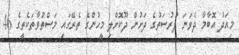
މިއަދު އޮބާމާ ދެވަނަ ފުރުސަތުގެ ދަށުން ދޫކޮށްލި މީހުންގެ ތެރޭގައި މަސްތުވާތަކެތީގެ 46